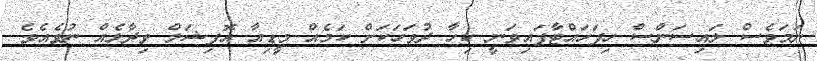
ނަމަވެސް ލައިސަންސް ހިފަހައްޓާފައިވަނީ ކިހާ ދުވަހަކަށް ކަމެއް މީޑިއާ އޮފިޝަލް ވިދާޅެއް ނުވެއެވެ.